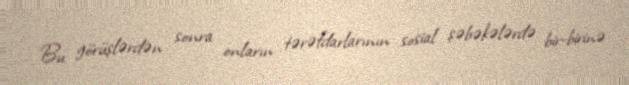
Bu görüşlərdən sonra onların tərəfdarlarının sosial şəbəkələrdə bir-birinə